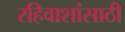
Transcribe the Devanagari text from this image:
रहिवाशांसाठी